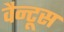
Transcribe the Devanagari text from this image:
वैन्टूस